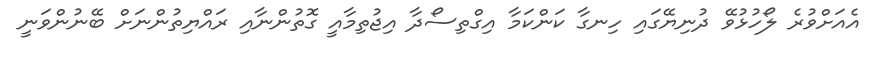
އެއަށްވުރެ ލޯހުޅުވޭ ދުނިޔޭގައި ހިނގާ ކަންކަމާ އިގްތިސޯދާ އިޖުތިމާއީ ގޮތުންނާއި ރައްޔިތުންނަށް ބޭނުންވަނީ